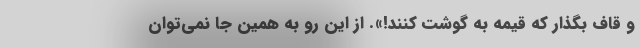
و قاف بگذار که قیمه به گوشت کنند!». از این رو به همین جا نمی‌توان